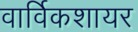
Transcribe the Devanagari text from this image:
वार्विकशायर